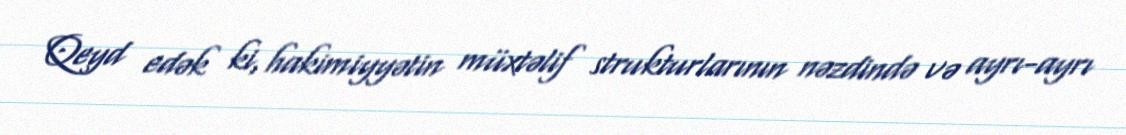
Qeyd edək ki, hakimiyyətin müxtəlif strukturlarının nəzdində və ayrı-ayrı